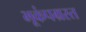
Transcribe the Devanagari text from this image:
भूकंपग्रस्त